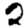
Digit: 2